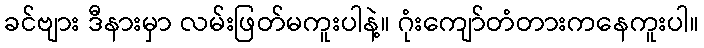
ခင်ဗျား ဒီနားမှာ လမ်းဖြတ်မကူးပါနဲ့။ ဂုံးကျော်တံတားကနေကူးပါ။